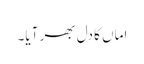
اماں کا دل بھر آیا۔